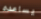
يساعده